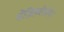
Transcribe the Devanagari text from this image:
बेंजिलबेंजोएट